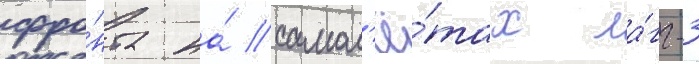
фро́нта на́ самол'ё́тах ла́гг-3